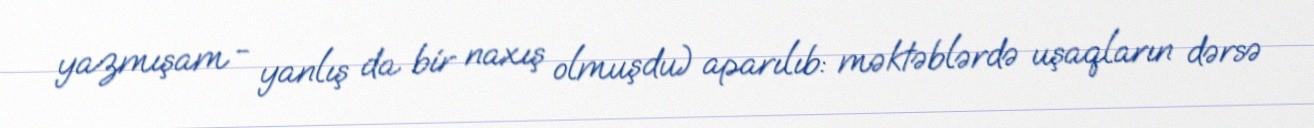
yazmışam - yanlış da bir naxış olmuşdu) aparılıb: məktəblərdə uşaqların dərsə